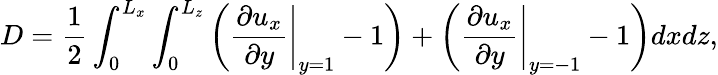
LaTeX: D=\frac{1}{2}\int_{0}^{L_{x}}\int_{0}^{L_{z}}\left(\left.\frac{\partial u_{x}}{\partial y}\right|_{y=1}-1\right)+\left(\left.\frac{\partial u_{x}}{\partial y}\right|_{y=-1}-1\right)dxdz,